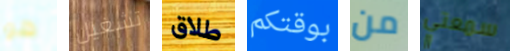
هو تشغيل طلاق بوقتكم من سمعتي